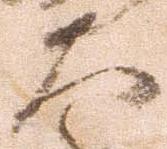
大